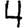
Digit: 4